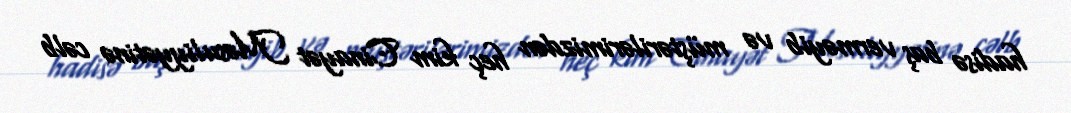
hadisə baş verməyib və müştərilərimizdən heç kim Cinayət Məsuliyyətinə cəlb